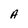
Character: A